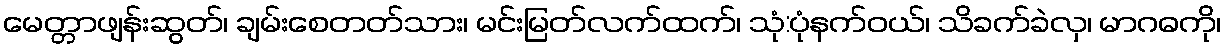
မေတ္တာဖျန်းဆွတ်၊ ချမ်းစေတတ်သား၊ မင်းမြတ်လက်ထက်၊ သုံ:ပုံနက်ဝယ်၊ သိခက်ခဲလှ၊ မာဂဓကို၊